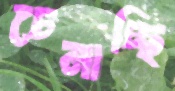
চেনাচ্ছি